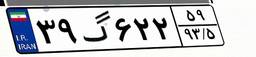
۴۵گ۱۳۶۲۹